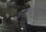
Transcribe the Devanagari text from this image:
जातकम